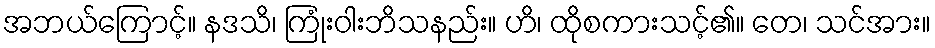
အဘယ်ကြောင့်။ နဒသိ၊ ကြုံးဝါးဘိသနည်း။ ဟိ၊ ထိုစကားသင့်၏။ တေ၊ သင်အား။